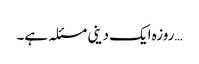
…روزہ ایک دینی مسئلہ ہے۔